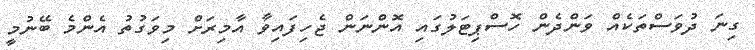
ގިނަ ދުވަސްތަކެއް ވަންދެން ހޮސްޕިޓަލުގައި އޮންނަން ޖެހިފައިވާ އާމިރަށް މިވަގުތު އެންމެ ބޭނުމީ